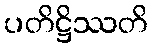
ပတိဋ္ဌိဿတိ